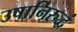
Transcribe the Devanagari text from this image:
उषानिरुद्धं